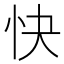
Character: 快